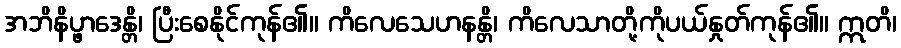
အဘိနိပ္ဖာဒေန္တိ၊ ပြီးစေနိုင်ကုန်၏။ ကိလေသေဟနန္တိ၊ ကိလေသာတို့ကိုပယ်နှုတ်ကုန်၏။ ဣတိ၊